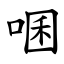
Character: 㖥